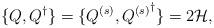
LaTeX: \begin{align*}\{Q,Q^\dagger\}=\{Q^{(s)},{Q^{(s)}}^\dagger\}=2{\cal H},\end{align*}